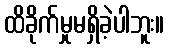
ထိခိုက်မှုမရှိခဲ့ပါဘူး။